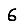
Digit: 6